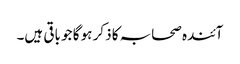
آئندہ صحابہ کا ذکر ہو گا جو باقی ہیں۔